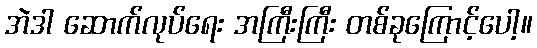
အဲဒါ ဆောက်လုပ်ရေး အကြီးကြီး တစ်ခုကြောင့်ပေါ့။